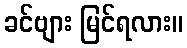
ခင်ဗျား မြင်ရလား။